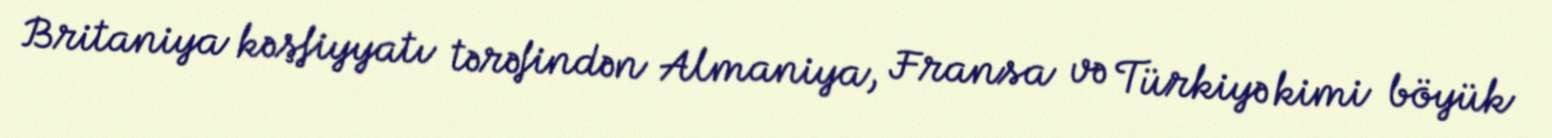
Britaniya kəşfiyyatı tərəfindən Almaniya, Fransa və Türkiyə kimi böyük